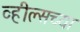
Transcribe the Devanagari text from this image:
व्हील्सच्या